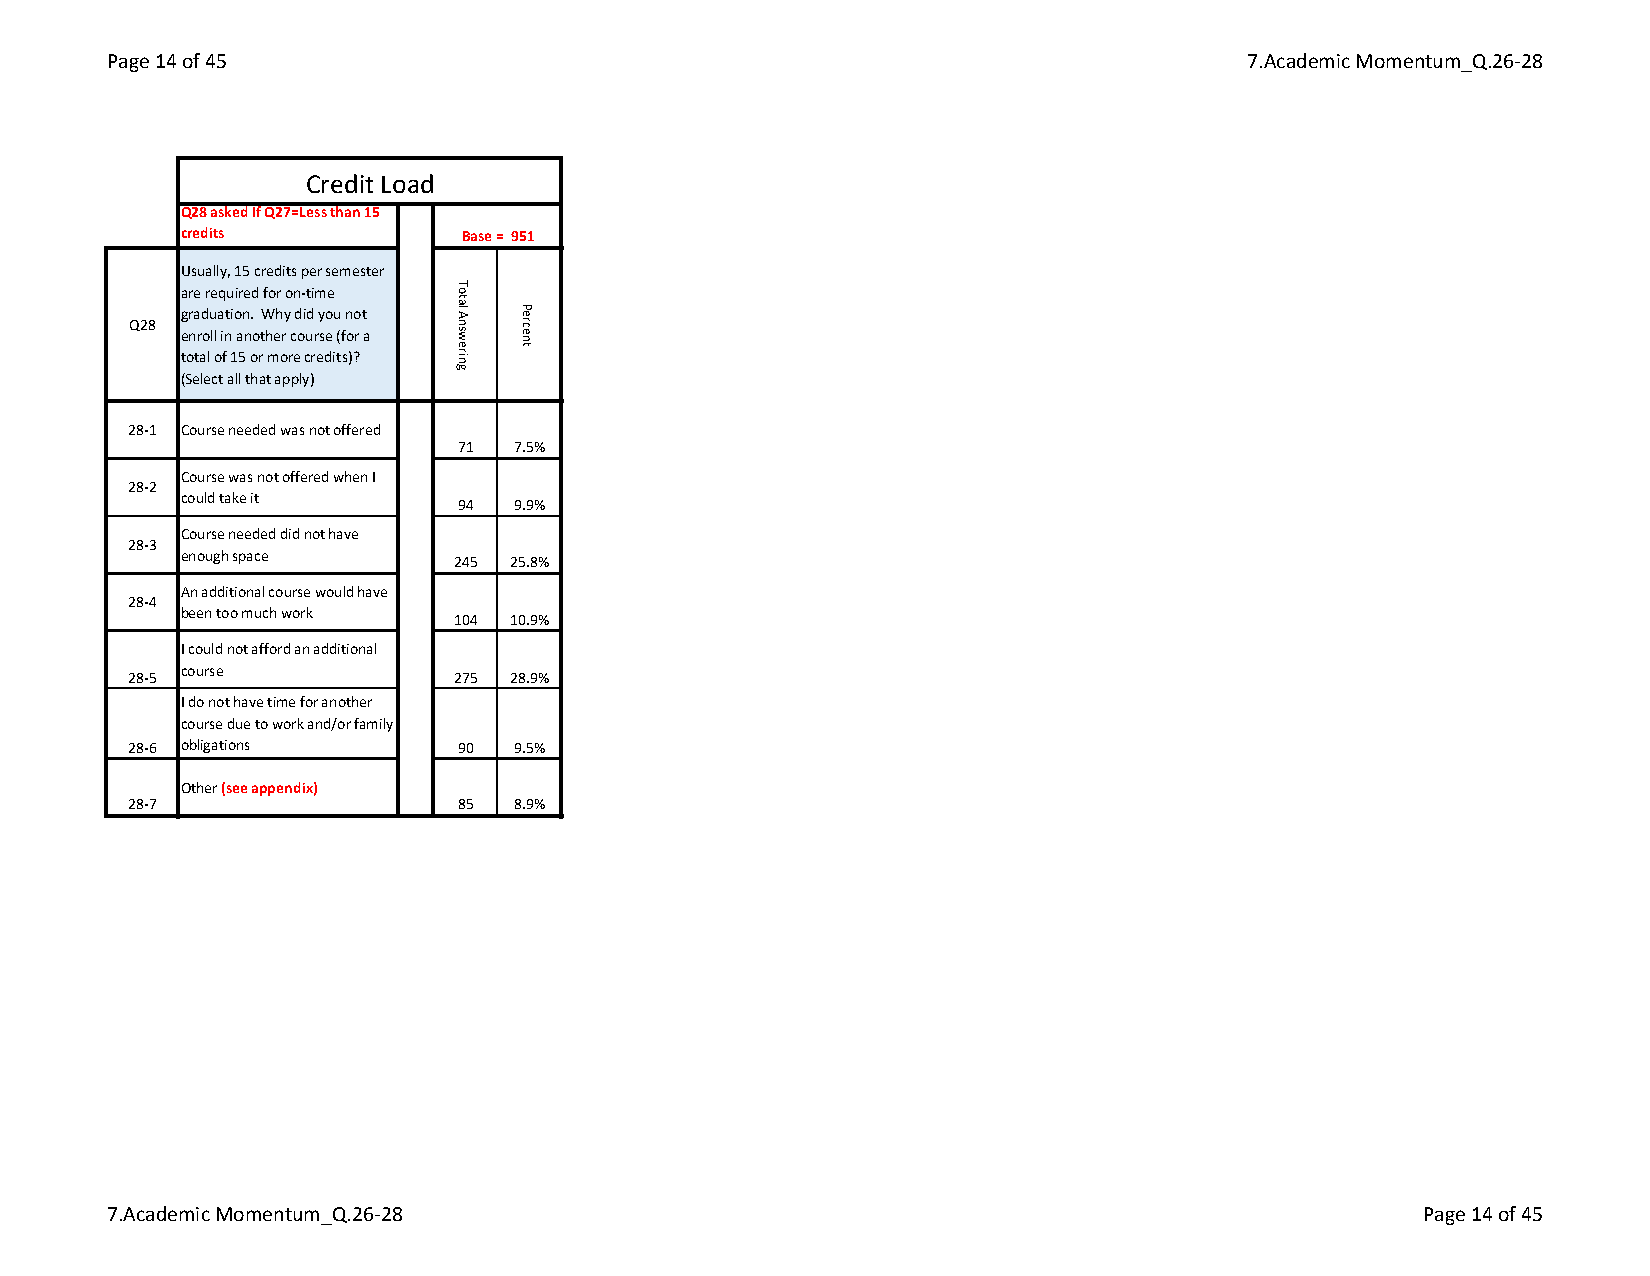
Page 14 of 45                                                              7.Academic Momentum_Q.26-28
 Credit Load
 Q28 asked If Q27=Less than 15
 credits           Base = 951
 Usually, 15 credits per semester
 are required for on-time
 graduation. Why did you not
 Q28
 enroll in another course (for a
 total of 15 or more credits)?
 (Select all that apply)
 28-1 Course needed was not offered
 71  7.5%
 Course was not offered when I
 28-2
 could take it
 94  9.9%
 Course needed did not have
 28-3
 enough space
 245 25.8%
 An additional course would have
 28-4
 been too much work
 104 10.9%
 I could not afford an additional
 course
 28-5                  275 28.9%
 I do not have time for another
 course due to work and/or family
 28-6 obligations      90  9.5%
 Other (see appendix)
 28-7                  85  8.9%
 7.Academic Momentum_Q.26-28                                                            Page 14 of 45
 Total
 Answering Percent